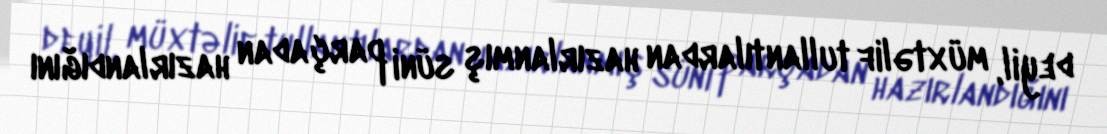
deyil, müxtəlif tullantılardan hazırlanmış süni parçadan hazırlandığını